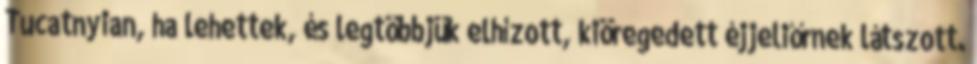
Tucatnyian, ha lehettek, és legtöbbjük elhízott, kiöregedett éjjeliőrnek látszott.